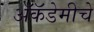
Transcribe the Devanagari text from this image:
अॅकॅडेमीचे